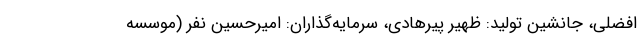
افضلی، جانشین تولید: ظهیر پیرهادی، سرمایه‌گذاران: امیرحسین نفر (موسسه